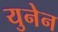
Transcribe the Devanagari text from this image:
युनेन